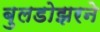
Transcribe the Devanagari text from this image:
बुलडोझरने